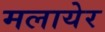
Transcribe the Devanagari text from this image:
मलायेर